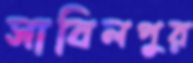
সাবিলপুর